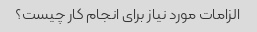
الزامات مورد نیاز برای انجام کار چیست؟